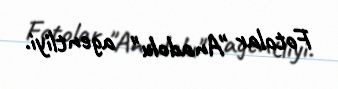
Fotolar "Anadolu" agentliyi.